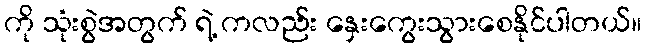
ကို သုံးစွဲအတွက် ရဲ့ ကလည်း နှေးကွေးသွားစေနိုင်ပါတယ်။